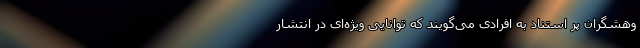
وهشگران پر استناد به افرادی می‌گویند که توانایی ویژه‌ای در انتشار